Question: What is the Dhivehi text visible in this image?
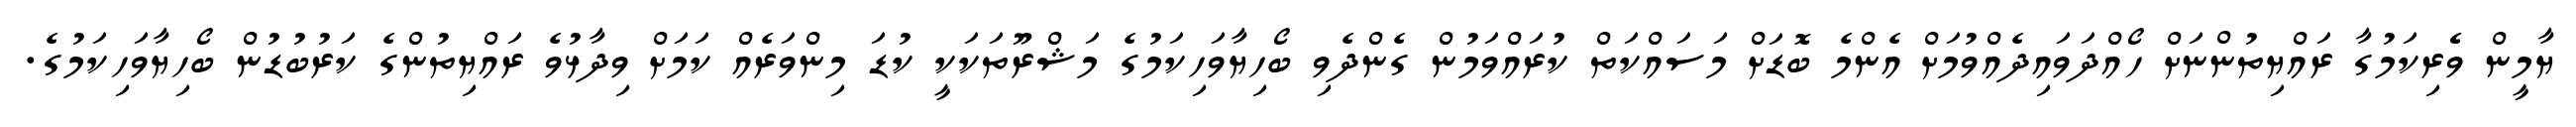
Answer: ޔާމީން ވެެރިކަމުގާ ރައްޔިތުންނަށް ހޯއްދަވައިދެއްވުމަށް އެންމެ ބޮޑަށް މަސައްކަތް ކުރައްވަމުން ގެންދެވި ބޯހިޔާވަހިކަމުގެ މަޝްރޫތަކަކީ ކުޑަ މިންވަރެއް ކަމަށް ވިދާޅުވެ ރައްޔިތުންގެ ކަރުބުޑުން ބޯހިޔާވަހިކަމުގެ.